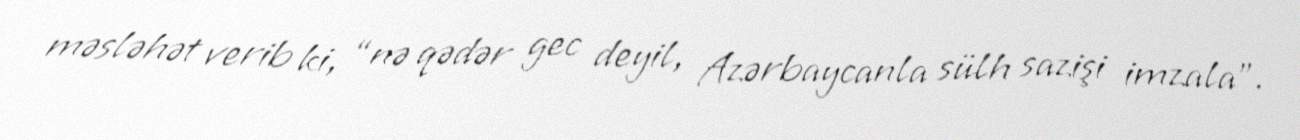
məsləhət verib ki, “nə qədər gec deyil, Azərbaycanla sülh sazişi imzala”.